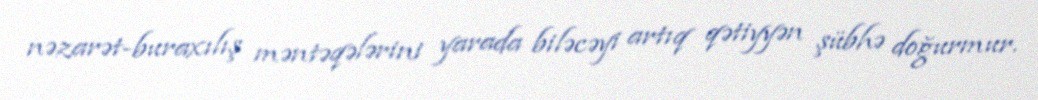
nəzarət-buraxılış məntəqələrini yarada biləcəyi artıq qətiyyən şübhə doğurmur.